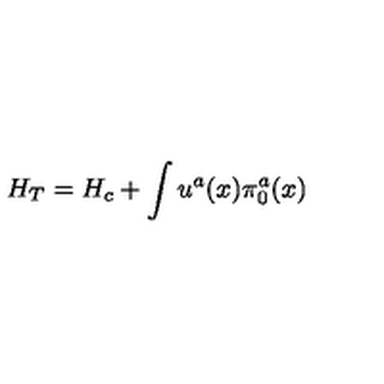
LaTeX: H _ { T } = H _ { c } + \int u ^ { a } ( x ) \pi _ { 0 } ^ { a } ( x )